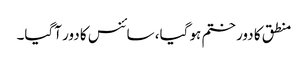
منطق کا دور ختم ہو گیا، سائنس کا دور آگیا۔